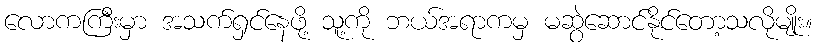
လောကကြီးမှာ အသက်ရှင်နေဖို့ သူ့ကို ဘယ်အရာကမှ မဆွဲဆောင်နိုင်တော့သလိုမျိုး။